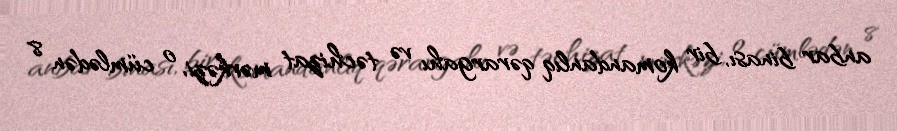
anbar binası, bir komandanlıq qərargahı və təchizat mərkəzi, o cümlədən 8